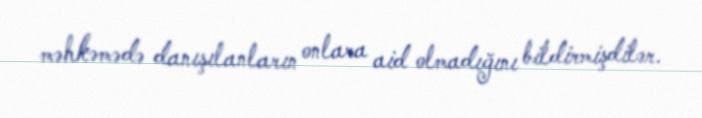
məhkəmədə danışılanların onlara aid olmadığını bildirmişdilər.